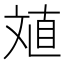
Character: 𱡤